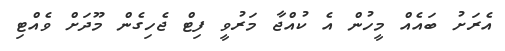
އެރަށު ބައެއް މީހުން އެ ކުއްޖާ މަރުވީ ފިޓް ޖެހިގެން މޫދަށް ވެއްޓި